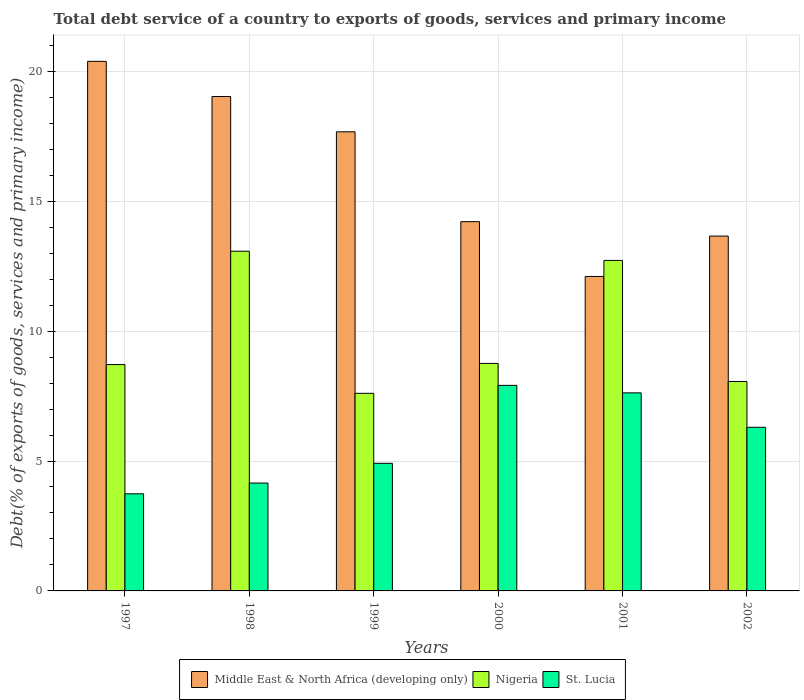
| Years | Middle East & North Africa (developing only) | Nigeria | St. Lucia |
 | --- | --- | --- | --- |
 | 1997 | 20.4 | 8.71 | 3.74 |
 | 1998 | 19 | 13.1 | 4.15 |
 | 1999 | 17.7 | 7.61 | 4.91 |
 | 2000 | 14.2 | 8.76 | 7.91 |
 | 2001 | 12.1 | 12.7 | 7.62 |
 | 2002 | 13.7 | 8.06 | 6.3 |